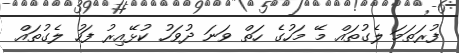
ފުރަތަމަ ލެގުތައް މޭ މަހުގެ ހަތް ވަނަ ދުވަހު ކުޅޭއިރު ފަހު ލެގުތައް